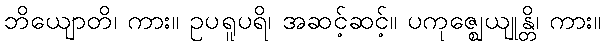
ဘိယျောတိ၊ ကား။ ဥပရူပရိ၊ အဆင့်ဆင့်။ ပကုဇ္ဈေယျုန္တိ၊ ကား။